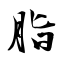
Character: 脂